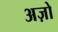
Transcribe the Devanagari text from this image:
अज़ो